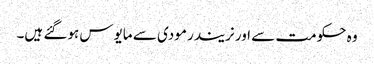
وہ حکومت سے اور نریندر مودی سے مایوس ہوگئے ہیں۔